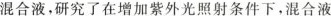
混合液，研究了在增加紫外光照射条件下，混合液